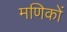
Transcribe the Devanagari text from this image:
मणिकों